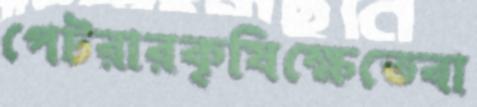
পেটরারকৃষিক্ষেতেবা